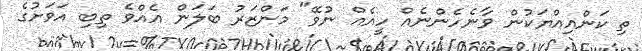
ތި ކަންއިއްޔަކުން ވާނެހެންނެއް ހީއެއް ނުވޭ" މަންޒަރު ބަލަން އެއްވެ ތިބި އަވަށުގެ